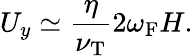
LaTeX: U_{y}\simeq\frac{\eta}{\nu_{\mathrm{{T}}}}2\omega_{\mathrm{{F}}}H.